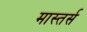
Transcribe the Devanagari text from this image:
मास्तर्स